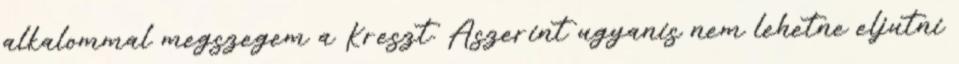
alkalommal megszegem a Kreszt. Aszerint ugyanis nem lehetne eljutni